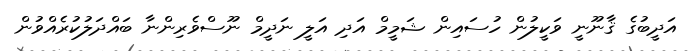
އަދީބުގެ ޤާނޫނީ ވަކީލުން ހުސައިން ޝަމީމް އަދި އަލީ ނަދީމް ނޫސްވެރިންނާ ބައްދަލުކުރެއްވުން